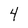
Character: 4